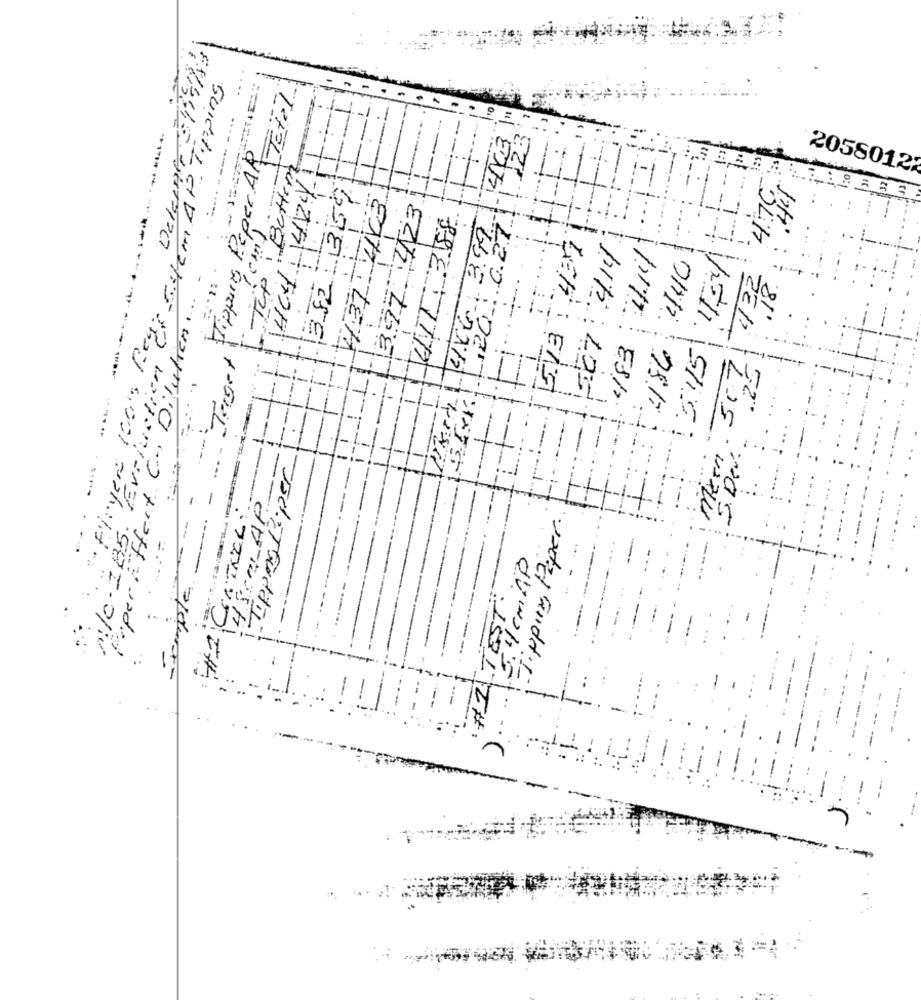
" Players 100's Fear Sytem AP Tipping
Tip Bottom
.-.... ----. ....
KING 399 4163 "
14041424/11
Tippus Reper AR
2058012
1382 359
437 463
232 3
397 423
VIT 388
201627
11587 414
+483 1.11/
5.73 ,43
4.40
-----
Paper Effect Co Dilution ..
1-1-
13:45
Target
1
-
T
-1-
-
1
Evaluatie
-:-
1
1
IN
11 1
.
...--
--
11
1
/-
3. Dev.
- ...
Tipping Reper
T
+
-
#1 CONTREL ...
4 5cm AP
-compte -
Jippiy Paper.
NO .18
4 cmAp
-
----
:1.
.i.
-
: